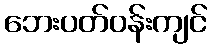
ဘေးပတ်ဝန်းကျင်